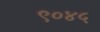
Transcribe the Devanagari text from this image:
९०४५